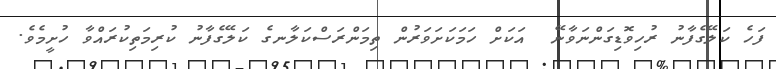
ފަހެ ކަލޭގެފާނު ރުހިވޮޑިގަންނަވާނޭ  އަކަށް ހަމަކަށަވަރުން ތިމަންރަސްކަލާނގެ ކަލޭގެފާނު ކުރިމަތިކުރައްވާ ހުށީމެވެ.